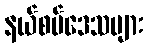
နယ်စပ်ဒေသများ